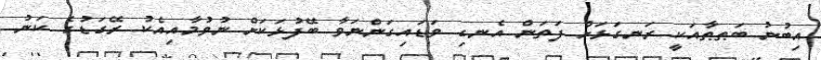
އިބުނު ބަޠޠާއަކީ ރަނގަޅަށް ފަތަން އެނގި ވަޑައިގަންނަވާ ބޭފުޅަކަށް ނުވުމާއިއެކު ރޭގަޑުގެ ކަނު